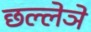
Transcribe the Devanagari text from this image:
छल्लेञे